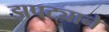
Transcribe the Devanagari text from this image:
झपट्याने